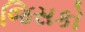
જિસકો